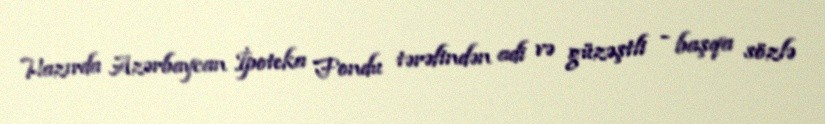
Hazırda Azərbaycan İpoteka Fondu tərəfindən adi və güzəştli - başqa sözlə